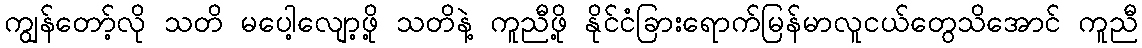
ကျွန်တော့်လို သတိ မပေါ့လျော့ဖို့ သတိနဲ့ ကူညီဖို့ နိုင်ငံခြားရောက်မြန်မာလူငယ်တွေသိအောင် ကူညီ